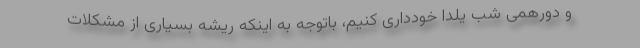
و دورهمی شب یلدا خودداری کنیم، باتوجه به اینکه ریشه بسیاری از مشکلات